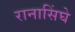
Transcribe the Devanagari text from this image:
रानासिंघे